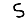
Digit: 5